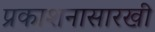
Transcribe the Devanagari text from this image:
प्रकाशनासारखी